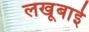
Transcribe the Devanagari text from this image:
लखूबाई